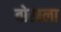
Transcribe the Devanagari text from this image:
बोखला